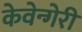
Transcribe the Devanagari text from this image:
केवेन्गेरी